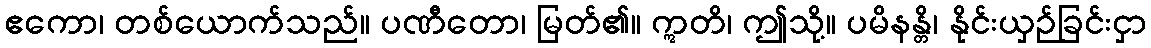
ဧကော၊ တစ်ယောက်သည်။ ပဏီတော၊ မြတ်၏။ ဣတိ၊ ဤသို့။ ပမိနန္တိ၊ နိုင်းယှဉ်ခြင်းငှာ